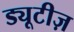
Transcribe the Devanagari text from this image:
ड्यूटीज़